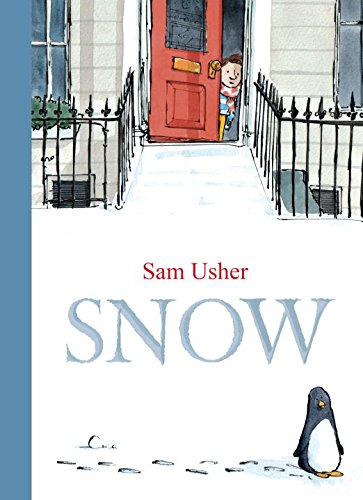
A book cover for Snow; Sam Usher; Children's Books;